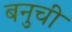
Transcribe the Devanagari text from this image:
बनुची